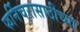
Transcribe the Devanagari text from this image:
फर्निचरासाठीच्या